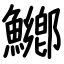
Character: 鱜